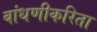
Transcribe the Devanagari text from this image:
बांधणीकरिता